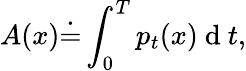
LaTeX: A(x)\dot{=}\int_{0}^{T}p_{t}(x)\mathrm{~d~}t,